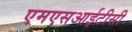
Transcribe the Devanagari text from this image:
एमएसआईटीसी